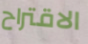
الاقتراح